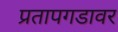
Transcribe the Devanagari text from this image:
प्रतापगडावर